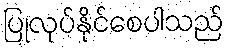
ပြုလုပ်နိုင်စေပါသည်